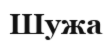
Шужа